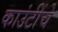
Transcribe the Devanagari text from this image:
काउंटींचे